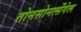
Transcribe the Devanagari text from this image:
तोनसोनत्सेंगेल